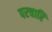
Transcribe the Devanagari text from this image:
परचारि